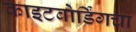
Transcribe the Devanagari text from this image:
काइटबोर्डिंगचा